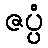
ဇပ္ပံ